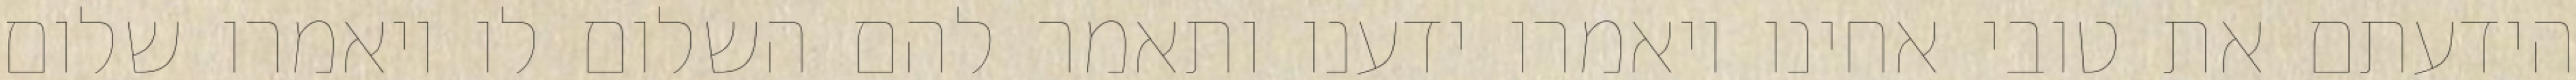
הידעתם את טובי אחינו ויאמרו ידענו ותאמר להם השלום לו ויאמרו שלום